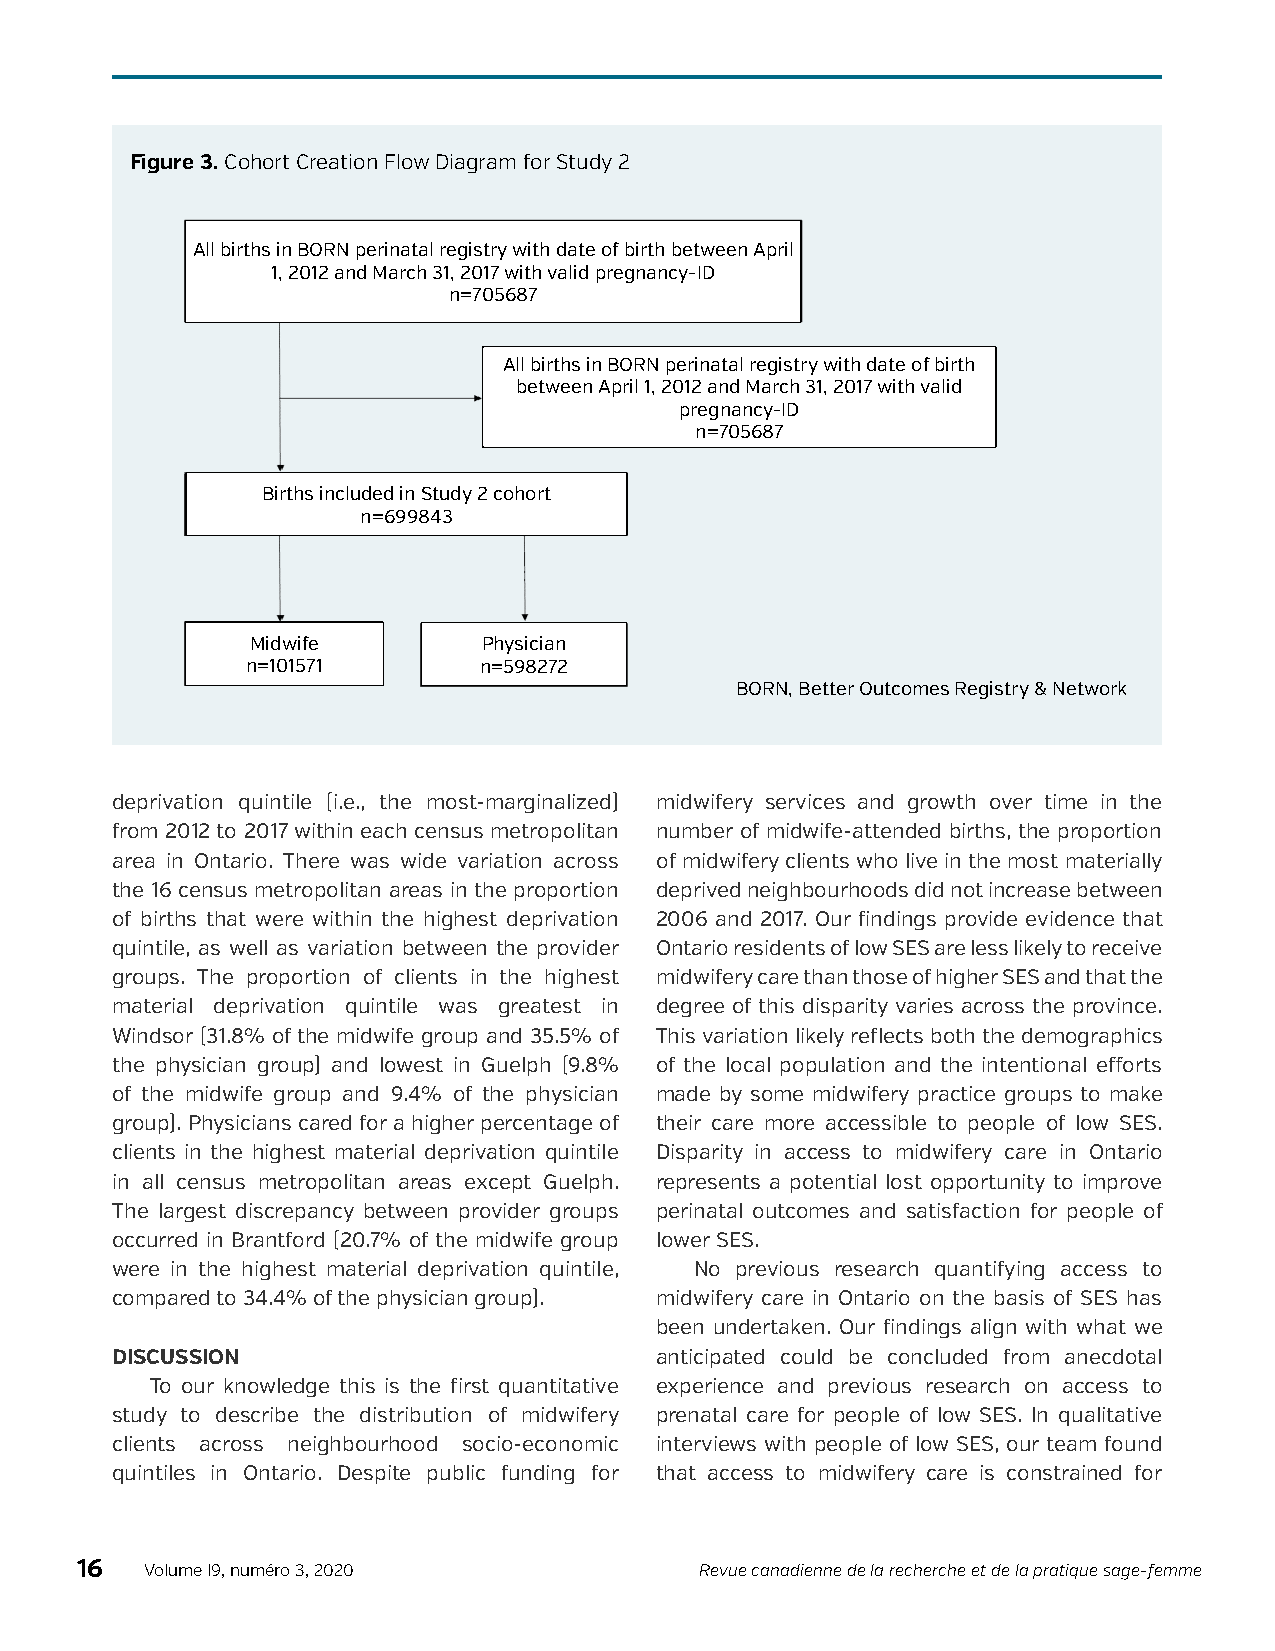
Figure 3. Cohort Creation Flow Diagram for Study 2
 All births in BORN perinatal registry with date of birth between April
 1, 2012 and March 31, 2017 with valid pregnancy-ID
 n=705687
 All births in BORN perinatal registry with date of birth
 Excluded records that had not undergone
 between April 1, 2012 and March 31, 2017 with valid
 acknowledgement process for data quality assurance
 pregnancy-ID
 n=5844
 n=705687
 Births included in Study 2 cohort
 n=699843
 Midwife        Physician
 n=101571        n=598272
 BORN, Better Outcomes Registry & Network
 deprivation quintile (i.e., the most-marginalized) midwifery services and growth over time in the
 from 2012 to 2017 within each census metropolitan number of midwife-attended births, the proportion
 area in Ontario. There was wide variation across of midwifery clients who live in the most materially
 the 16 census metropolitan areas in the proportion deprived neighbourhoods did not increase between
 of births that were within the highest deprivation 2006 and 2017. Our findings provide evidence that
 quintile, as well as variation between the provider Ontario residents of low SES are less likely to receive
 groups. The proportion of clients in the highest midwifery care than those of higher SES and that the
 material deprivation quintile was greatest in degree of this disparity varies across the province.
 Windsor (31.8% of the midwife group and 35.5% of This variation likely reflects both the demographics
 the physician group) and lowest in Guelph (9.8% of the local population and the intentional efforts
 of the midwife group and 9.4% of the physician made by some midwifery practice groups to make
 group). Physicians cared for a higher percentage of their care more accessible to people of low SES.
 clients in the highest material deprivation quintile Disparity in access to midwifery care in Ontario
 in all census metropolitan areas except Guelph. represents a potential lost opportunity to improve
 The largest discrepancy between provider groups perinatal outcomes and satisfaction for people of
 occurred in Brantford (20.7% of the midwife group lower SES.
 were in the highest material deprivation quintile, No previous research quantifying access to
 compared to 34.4% of the physician group). midwifery care in Ontario on the basis of SES has
 been undertaken. Our findings align with what we
 DISCUSSION                          anticipated could be concluded from anecdotal
 To our knowledge this is the first quantitative experience and previous research on access to
 study to describe the distribution of midwifery prenatal care for people of low SES. In qualitative
 clients across neighbourhood socio-economic interviews with people of low SES, our team found
 quintiles in Ontario. Despite public funding for that access to midwifery care is constrained for
 16   Volume I9, numéro 3, 2020           Revue canadienne de la recherche et de la pratique sage-femme